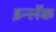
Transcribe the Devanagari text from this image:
इन्लॅक